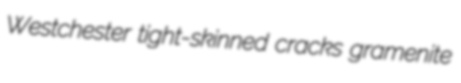
Westchester tight-skinned cracks gramenite